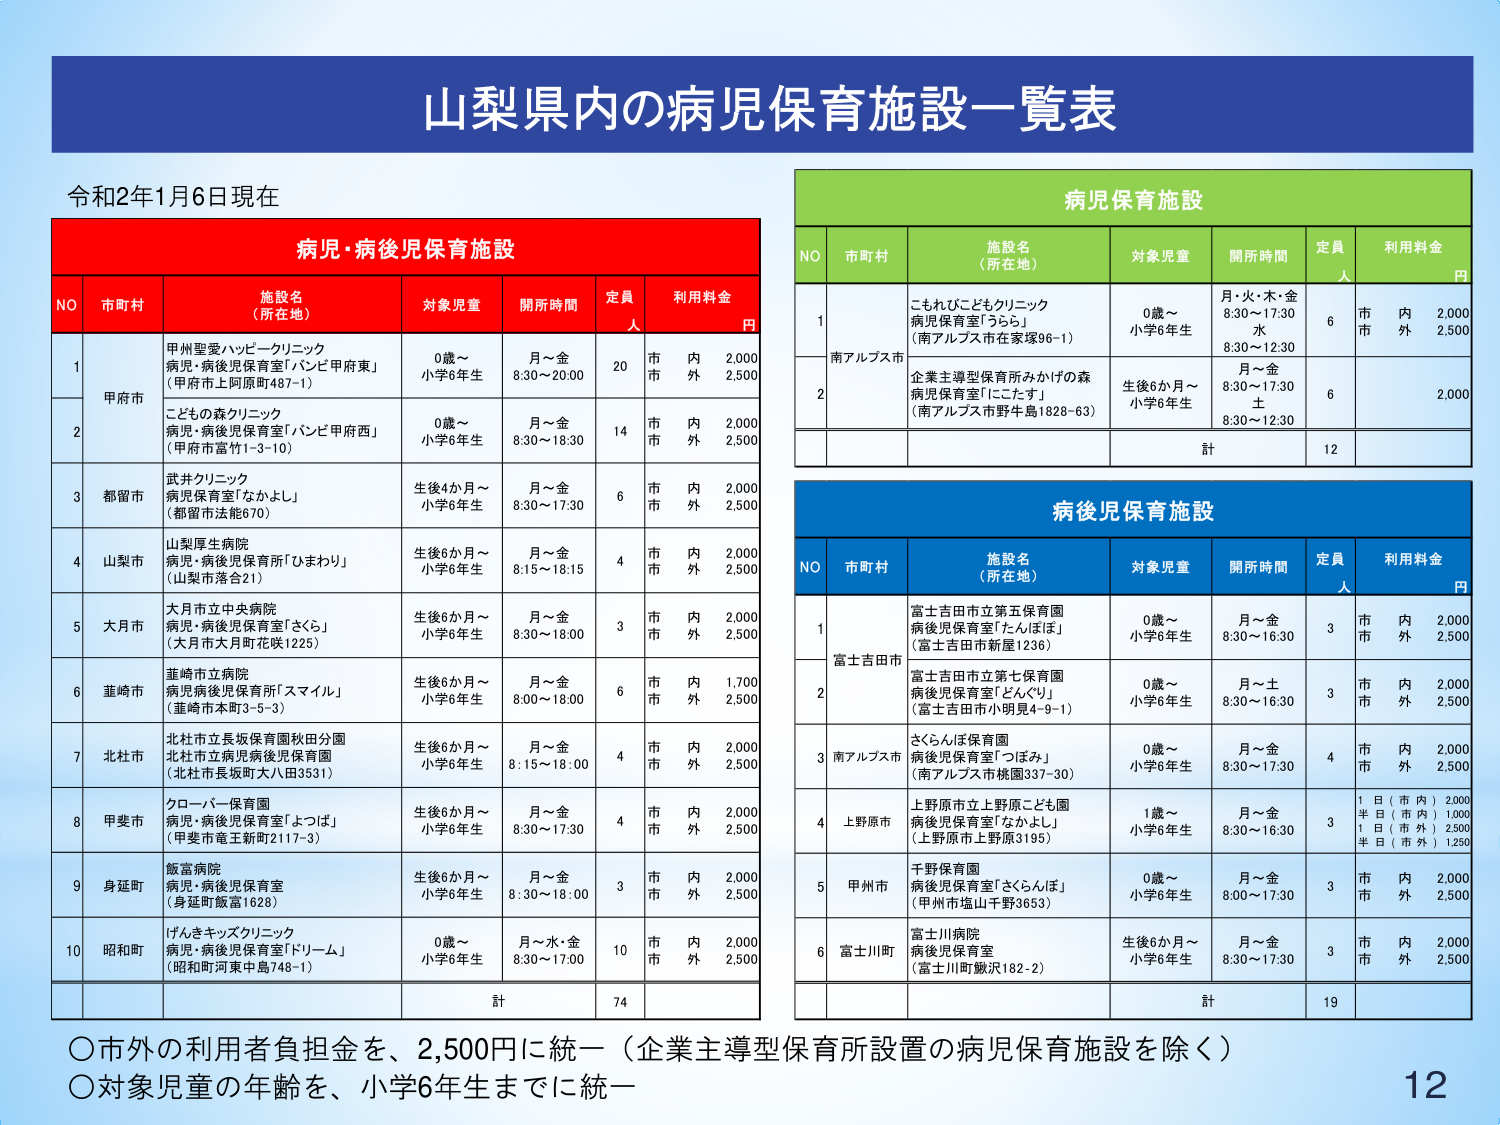
山梨県内の病児保育施設一覧表

令和2年1月6日現在

病児・病後児保育施設

NO 市町村 施設名（所在地） 対象児童 開所時間 定員 利用料金 円
1 甲府市 甲州聖愛ハービークリニック 病児・病後児保育室「バンビ甲府東」 （甲府市上阿原町487-1） 0歳～ 小学6年生 月～金 8:30～20:00 20 市内 2,000 市外 2,500
2 甲府市 こどもの森クリニック 病児・病後児保育室「バンビ甲府西」 （甲府市富竹1-3-10） 0歳～ 小学6年生 月～金 8:30～18:30 14 市内 2,000 市外 2,500
3 都留市 武井クリニック 病児保育室「なかよし」 （都留市法能670） 生後4か月～ 小学6年生 月～金 8:30～17:30 6 市内 2,000 市外 2,500
4 山梨市 山梨厚生病院 病児・病後児保育所「ひまわり」 （山梨市落合21） 生後6か月～ 小学6年生 月～金 8:15～18:15 4 市内 2,000 市外 2,500
5 大月市 大月市立中央病院 病児・病後児保育室「さくら」 （大月市大月町花咲1225） 生後6か月～ 小学6年生 月～金 8:30～18:00 3 市内 2,000 市外 2,500
6 菱崎市 菱崎市立病院 病児病後児保育所「スマイル」 （菱崎市本町3-5-3） 生後6か月～ 小学6年生 月～金 8:00～18:00 6 市内 1,700 市外 2,500
7 北杜市 北杜市立長坂保育園秋田分園 北杜市立病児病後児保育園 （北杜市長坂町大八田3531） 生後6か月～ 小学6年生 月～金 8:15～18:00 4 市内 2,000 市外 2,500
8 甲斐市 クローバー保育園 病児・病後児保育室「よつば」 （甲斐市竜王新町2117-3） 生後6か月～ 小学6年生 月～金 8:30～17:30 4 市内 2,000 市外 2,500
9 身延町 飯富病院 病児・病後児保育室 （身延町飯富1628） 生後6か月～ 小学6年生 月～金 8:30～18:00 3 市内 2,000 市外 2,500
10 昭和町 げんきキッズクリニック 病児・病後児保育室「ドリーム」 （昭和町河東中島748-1） 0歳～ 小学6年生 月～水・金 8:30～17:00 10 市内 2,000 市外 2,500

計 74

病児保育施設

NO 市町村 施設名（所在地） 対象児童 開所時間 定員人 利用料金 円
1 南アルプス市 こもれびこどもクリニック 病児保育室「うらら」 （南アルプス市在家塚96-1） 0歳～ 小学6年生 月・火・木・金 8:30～17:30 水 8:30～12:30 6 市内 2,000 市外 2,500
2 南アルプス市 企業主導型保育所みかけの森 病児保育室「にこたす」 （南アルプス市野牛島1828-63） 生後6か月～ 小学6年生 月～金 8:30～17:30 土 8:30～12:30 6 2,000

計 12

病後児保育施設

NO 市町村 施設名（所在地） 対象児童 開所時間 定員人 利用料金 円
1 富士吉田市 富士吉田市立第五保育園 病後児保育室「たんぽぽ」 （富士吉田市新屋1236） 0歳～ 小学6年生 月～金 8:30～16:30 3 市内 2,000 市外 2,500
2 富士吉田市 富士吉田市立第七保育園 病後児保育室「どんぐり」 （富士吉田市小原見4-9-1） 0歳～ 小学6年生 月～土 8:30～16:30 3 市内 2,000 市外 2,500
3 南アルプス市 さくらんぼ保育園 病後児保育室「つぼみ」 （南アルプス市桃園337-30） 0歳～ 小学6年生 月～金 8:30～17:30 4 市内 2,000 市外 2,500
4 上野原市 上野原市立上野原こども園 病後児保育室「なかよし」 （上野原市上野原3195） 1歳～ 小学6年生 月～金 8:30～16:30 3 1日（市内）2,000 半日（市内）1,000 1日（市外）2,500 半日（市外）1,250
5 甲州市 千野保育園 病後児保育室「さくらんぼ」 （甲州市塩山千野3653） 0歳～ 小学6年生 月～金 8:00～17:30 3 市内 2,000 市外 2,500
6 富士川町 富士川病院 病後児保育室 （富士川町鷲沢182-2） 生後6か月～ 小学6年生 月～金 8:30～17:30 3 市内 2,000 市外 2,500

計 19

〇市外の利用者負担金を、2,500円に統一（企業主導型保育所設置の病児保育施設を除く）
〇対象児童の年齢を、小学6年生までに統一

12